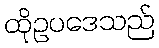
ထိုဥပဒေသည်